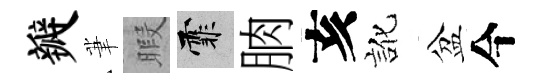
瓣茟暇霏朒亥訛盆今